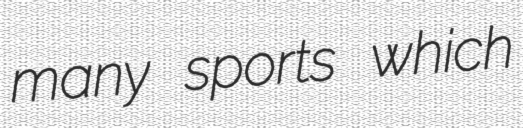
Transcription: many sports which